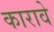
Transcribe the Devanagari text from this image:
कारावे